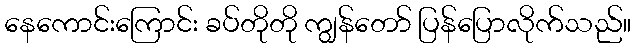
နေကောင်းကြောင်း ခပ်တိုတို ကျွန်တော် ပြန်ပြောလိုက်သည်။